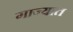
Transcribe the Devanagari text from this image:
गाज्यात